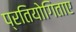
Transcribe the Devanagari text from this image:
प्रतियोगिताए